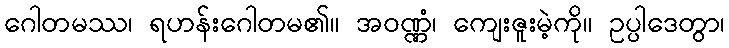
ဂေါတမဿ၊ ရဟန်းဂေါတမ၏။ အဝဏ္ဏံ၊ ကျေးဇူးမဲ့ကို။ ဥပ္ပါဒေတွာ၊